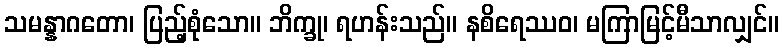
သမန္နာဂတော၊ ပြည့်စုံသော။ ဘိက္ခု၊ ရဟန်းသည်။ နစိရေဿဝ၊ မကြာမြင့်မီသာလျှင်။